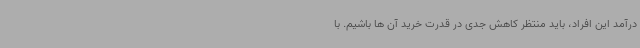
درآمد این افراد، باید منتظر کاهش جدی در قدرت خرید آن ها باشیم. با